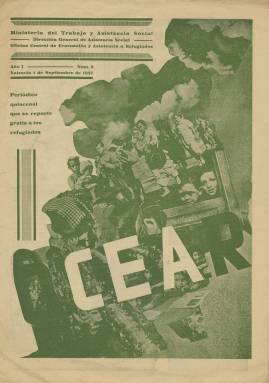
Título: OCEAR (Valencia)
Colección: Guerra civil
Ámbito geográfico: Valencia
Lugar de publicación: Valencia
Fechas: 01/09/1937-28/02/1938

El título de esta publicación nacida en plena Guerra Civil española responde a las iniciales de la Oficina Central de Evacuación y Asistencia a Refugiados, dependiente del Ministerio de Trabajo y Asistencia Social. Se repartía gratis entre los refugiados y su finalidad era informar sobre la población que había tenido que dejar sus hogares a causa del conflicto, especialmente de los niños que habían quedado huérfanos o cuyos padres se encontraban en el campo de batalla.

   El primer número de esta revista es del 15 de agosto de 1937. Comenzó teniendo periodicidad quincenal pero los últimos números salieron mensualmente. La Biblioteca Nacional no tiene toda la colección (faltan los números 1, 3, 4 y 7), pero sí el que parece el último número editado, correspondiente al mes de febrero de 1938.

 La revista, que tenía carácter oficial, comenzó a editarse en Valencia porque en ese momento esta ciudad era la capital del Gobierno republicano, que había abandonado Madrid por temor a que cayera en manos del bando nacional. Posteriormente la capitalidad se trasladaría a Barcelona.

    La República tuvo que afrontar un serio problema de familias refugiadas de la guerra del que esta publicación da un expresivo testimonio, con el relato en sus números de las penalidades que tuvieron que arrostrar miles de personas, muchos de ellos niños.

   En su segundo número, por ejemplo, editado el 1 de septiembre de 1937, puede leerse en su segunda página el reportaje titulado: ‘Niños refugiados por todas partes’, donde se informa cómo niños españoles estaban repartidos por numerosos países, entre ellos Francia, Rusia, Bélgica, México e Inglaterra.

  Pequeños vascos y santanderinos habían sido recientemente evacuados a la URSS, en México había unos 500 y en Francia unos 4.000 niños se encontraban, según la revista, ‘cariñosamente acogidos en domicilios particulares’.

  En la siguiente página de ese mismo número otra información da noticia de las actividades del comité suizo de ayuda al niño español.

  La revista contaba con ocho páginas y estaba profusamente ilustrada, más con dibujos que con fotografías. Estos dibujos, presentes en casi todas las páginas, acompañan a los textos y refuerzan su contenido con ilustraciones que expresan el drama de los refugiados.

   En el último número, el de febrero de 1938, la revista informó de que la OCEAR desaparecía para dar paso a una entidad administrativa de mayor rango: La Dirección General de Evacuación y Refugiados. Fue quizá esta decisión gubernamental la que motivo el fin de la publicación.

[Descripción publicada el 06/10/2022]